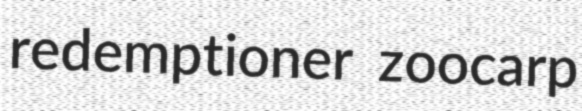
redemptioner zoocarp